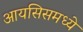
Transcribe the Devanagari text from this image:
आयसिसमध्ये